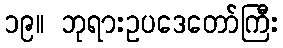
၁၉။ ဘုရားဥပဒေတော်ကြီး